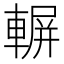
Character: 𨍍